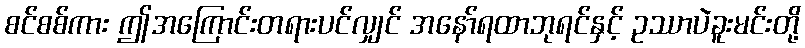
စင်စစ်ကား ဤအကြောင်းတရားပင်လျှင် အနော်ရထာဘုရင်နှင့် ဥဿာပဲခူးမင်းတို့